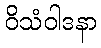
ဝိသံဝါဒနာ